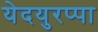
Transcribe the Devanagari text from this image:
येदयुरप्पा